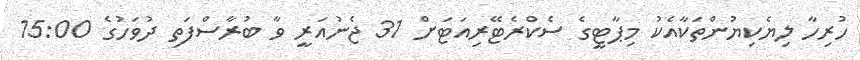
ހުރިހާ ލިޔެކިޔުންތަކާއެކު މިޕާޓީގެ ސެކްރެޓޭރިއަޓަށް 31 ޖެނުއަރީ ވާ ބުރާސްފަތި ދުވަހުގެ 15:00